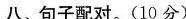
八、句子配对.(10 分)